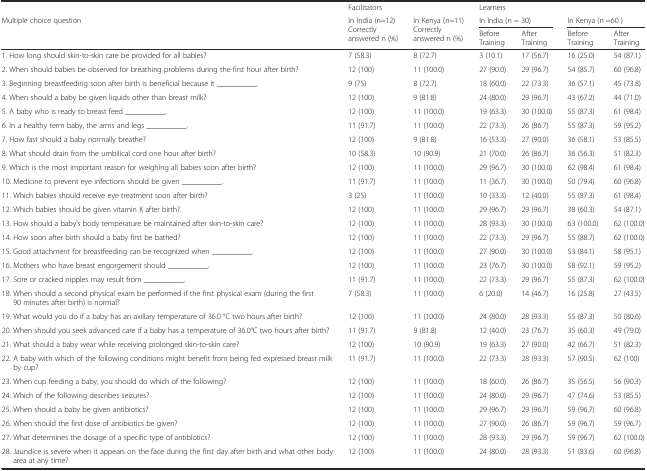
<table><thead><tr><td></td><td colspan="2"><b>Facilitators</b></td><td colspan="4"><b>Learners</b></td></tr><tr><td rowspan="2"><b>Multiple choice question</b></td><td rowspan="2"><b>In India (n=12) Correctly answered n (%)</b></td><td rowspan="2"><b>In Kenya (n=11) Correctly answered n (%)</b></td><td colspan="2"><b>In India (n = 30)</b></td><td colspan="2"><b>In Kenya (n =60 )</b></td></tr><tr><td><b>Before Training</b></td><td><b>After Training</b></td><td><b>Before Training</b></td><td><b>After Training</b></td></tr></thead><tbody><tr><td>1. How long should skin-to-skin care be provided for all babies?</td><td>7 (58.3)</td><td>8 (72.7)</td><td>3 (10.1)</td><td>17 (56.7)</td><td>16 (25.0)</td><td>54 (87.1)</td></tr><tr><td>2. When should babies be observed for breathing problems during the first hour after birth?</td><td>12 (100)</td><td>11 (100.0)</td><td>27 (90.0)</td><td>29 (96.7)</td><td>54 (85.7)</td><td>60 (96.8)</td></tr><tr><td>3. Beginning breastfeeding soon after birth is beneficial because it __________.</td><td>9 (75)</td><td>8 (72.7)</td><td>18 (60.0)</td><td>22 (73.3)</td><td>36 (57.1)</td><td>45 (73.8)</td></tr><tr><td>4. When should a baby be given liquids other than breast milk?</td><td>12 (100)</td><td>9 (81.8)</td><td>24 (80.0)</td><td>29 (96.7)</td><td>43 (67.2)</td><td>44 (71.0)</td></tr><tr><td>5. A baby who is ready to breast feed __________.</td><td>12 (100)</td><td>11 (100.0)</td><td>19 (63.3)</td><td>30 (100.0)</td><td>55 (87.3)</td><td>61 (98.4)</td></tr><tr><td>6. In a healthy term baby, the arms and legs __________.</td><td>11 (91.7)</td><td>11 (100.0)</td><td>22 (73.3)</td><td>26 (86.7)</td><td>55 (87.3)</td><td>59 (95.2)</td></tr><tr><td>7. How fast should a baby normally breathe?</td><td>12 (100)</td><td>9 (81.8)</td><td>16 (53.3)</td><td>27 (90.0)</td><td>36 (58.1)</td><td>53 (85.5)</td></tr><tr><td>8. What should drain from the umbilical cord one hour after birth?</td><td>10 (58.3)</td><td>10 (90.9)</td><td>21 (70.0)</td><td>26 (86.7)</td><td>36 (56.3)</td><td>51 (82.3)</td></tr><tr><td>9. Which is the most important reason for weighing all babies soon after birth?</td><td>12 (100)</td><td>11 (100.0)</td><td>29 (96.7)</td><td>30 (100.0)</td><td>62 (98.4)</td><td>61 (98.4)</td></tr><tr><td>10. Medicine to prevent eye infections should be given __________.</td><td>11 (91.7)</td><td>11 (100.0)</td><td>11 (36.7)</td><td>30 (100.0)</td><td>50 (79.4)</td><td>60 (96.8)</td></tr><tr><td>11. Which babies should receive eye treatment soon after birth?</td><td>3 (25)</td><td>11 (100.0)</td><td>10 (33.3)</td><td>12 (40.0)</td><td>55 (87.3)</td><td>61 (98.4)</td></tr><tr><td>12. Which babies should be given vitamin K after birth?</td><td>12 (100)</td><td>11 (100.0)</td><td>29 (96.7)</td><td>29 (96.7)</td><td>38 (60.3)</td><td>54 (87.1)</td></tr><tr><td>13. How should a baby&#x27;s body temperature be maintained after skin-to-skin care?</td><td>12 (100)</td><td>11 (100.0)</td><td>28 (93.3)</td><td>30 (100.0)</td><td>63 (100.0)</td><td>62 (100.0)</td></tr><tr><td>14. How soon after birth should a baby first be bathed?</td><td>12 (100)</td><td>11 (100.0)</td><td>22 (73.3)</td><td>29 (96.7)</td><td>55 (88.7)</td><td>62 (100.0)</td></tr><tr><td>15. Good attachment for breastfeeding can be recognized when __________.</td><td>12 (100)</td><td>11 (100.0)</td><td>27 (90.0)</td><td>30 (100.0)</td><td>53 (84.1)</td><td>58 (95.1)</td></tr><tr><td>16. Mothers who have breast engorgement should __________.</td><td>12 (100)</td><td>11 (100.0)</td><td>23 (76.7)</td><td>30 (100.0)</td><td>58 (92.1)</td><td>59 (95.2)</td></tr><tr><td>17. Sore or cracked nipples may result from __________.</td><td>11 (91.7)</td><td>11 (100.0)</td><td>22 (73.3)</td><td>29 (96.7)</td><td>55 (87.3)</td><td>62 (100.0)</td></tr><tr><td>18. When should a second physical exam be performed if the first physical exam (during the first 90 minutes after birth) is normal?</td><td>7 (58.3)</td><td>11 (100.0)</td><td>6 (20.0)</td><td>14 (46.7)</td><td>16 (25.8)</td><td>27 (43.5)</td></tr><tr><td>19. What would you do if a baby has an axillary temperature of 36.0 °C two hours after birth?</td><td>12 (100)</td><td>11 (100.0)</td><td>24 (80.0)</td><td>28 (93.3)</td><td>55 (87.3)</td><td>50 (80.6)</td></tr><tr><td>20. When should you seek advanced care if a baby has a temperature of 36.0°C two hours after birth?</td><td>11 (91.7)</td><td>9 (81.8)</td><td>12 (40.0)</td><td>23 (76.7)</td><td>35 (60.3)</td><td>49 (79.0)</td></tr><tr><td>21. What should a baby wear while receiving prolonged skin-to-skin care?</td><td>12 (100)</td><td>10 (90.9)</td><td>19 (63.3)</td><td>27 (90.0)</td><td>42 (66.7)</td><td>51 (82.3)</td></tr><tr><td>22. A baby with which of the following conditions might benefit from being fed expressed breast milk by cup?</td><td>11 (91.7)</td><td>11 (100.0)</td><td>22 (73.3)</td><td>28 (93.3)</td><td>57 (90.5)</td><td>62 (100)</td></tr><tr><td>23. When cup feeding a baby, you should do which of the following?</td><td>12 (100)</td><td>11 (100.0)</td><td>18 (60.0)</td><td>26 (86.7)</td><td>35 (56.5)</td><td>56 (90.3)</td></tr><tr><td>24. Which of the following describes seizures?</td><td>12 (100)</td><td>11 (100.0)</td><td>24 (80.0)</td><td>29 (96.7)</td><td>47 (74.6)</td><td>53 (85.5)</td></tr><tr><td>25. When should a baby be given antibiotics?</td><td>12 (100)</td><td>11 (100.0)</td><td>29 (96.7)</td><td>29 (96.7)</td><td>59 (96.7)</td><td>60 (96.8)</td></tr><tr><td>26. When should the first dose of antibiotics be given?</td><td>12 (100)</td><td>11 (100.0)</td><td>27 (90.0)</td><td>26 (86.7)</td><td>59 (96.7)</td><td>59 (96.7)</td></tr><tr><td>27. What determines the dosage of a specific type of antibiotics?</td><td>12 (100)</td><td>11 (100.0)</td><td>28 (93.3)</td><td>29 (96.7)</td><td>59 (96.7)</td><td>62 (100.0)</td></tr><tr><td>28. Jaundice is severe when it appears on the face during the first day after birth and what other body area at any time?</td><td>12 (100)</td><td>11 (100.0)</td><td>24 (80.0)</td><td>28 (93.3)</td><td>51 (83.6)</td><td>60 (96.8)</td></tr></tbody></table>